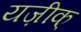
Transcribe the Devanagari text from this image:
यज़ीक्